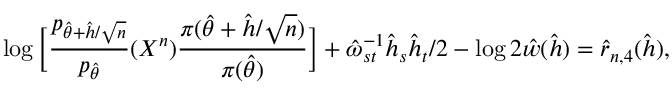
\log \Big [ \frac { p _ { \hat { \theta } + \hat { h } / \sqrt { n } } } { p _ { \hat { \theta } } } ( X ^ { n } ) \frac { \pi ( \hat { \theta } + \hat { h } / \sqrt { n } ) } { \pi ( \hat { \theta } ) } \Big ] + \hat { \omega } _ { s t } ^ { - 1 } \hat { h } _ { s } \hat { h } _ { t } / 2 - \log 2 \hat { w } ( \hat { h } ) = \hat { r } _ { n , 4 } ( \hat { h } ) ,